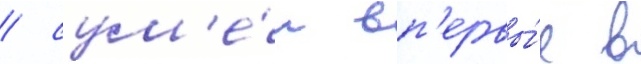
/ сум'е́л вп'ервы́е в